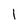
Character: 1